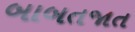
બાબતજાત